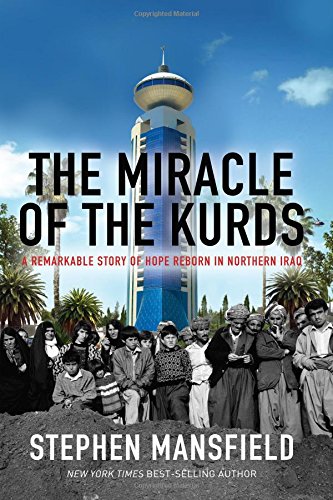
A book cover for The Miracle of the Kurds: A Remarkable Story of Hope Reborn in Northern Iraq; Stephen Mansfield; History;